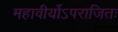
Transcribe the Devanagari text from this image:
महावीर्योऽपराजितः